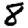
Digit: 8